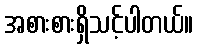
အစားစားရှိသင့်ပါတယ်။